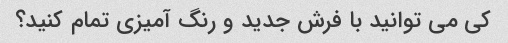
کی می توانید با فرش جدید و رنگ آمیزی تمام کنید؟